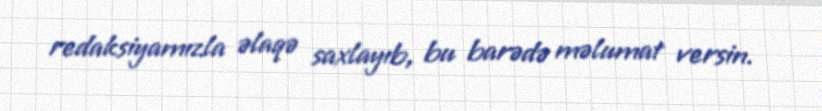
redaksiyamızla əlaqə saxlayıb, bu barədə məlumat versin.